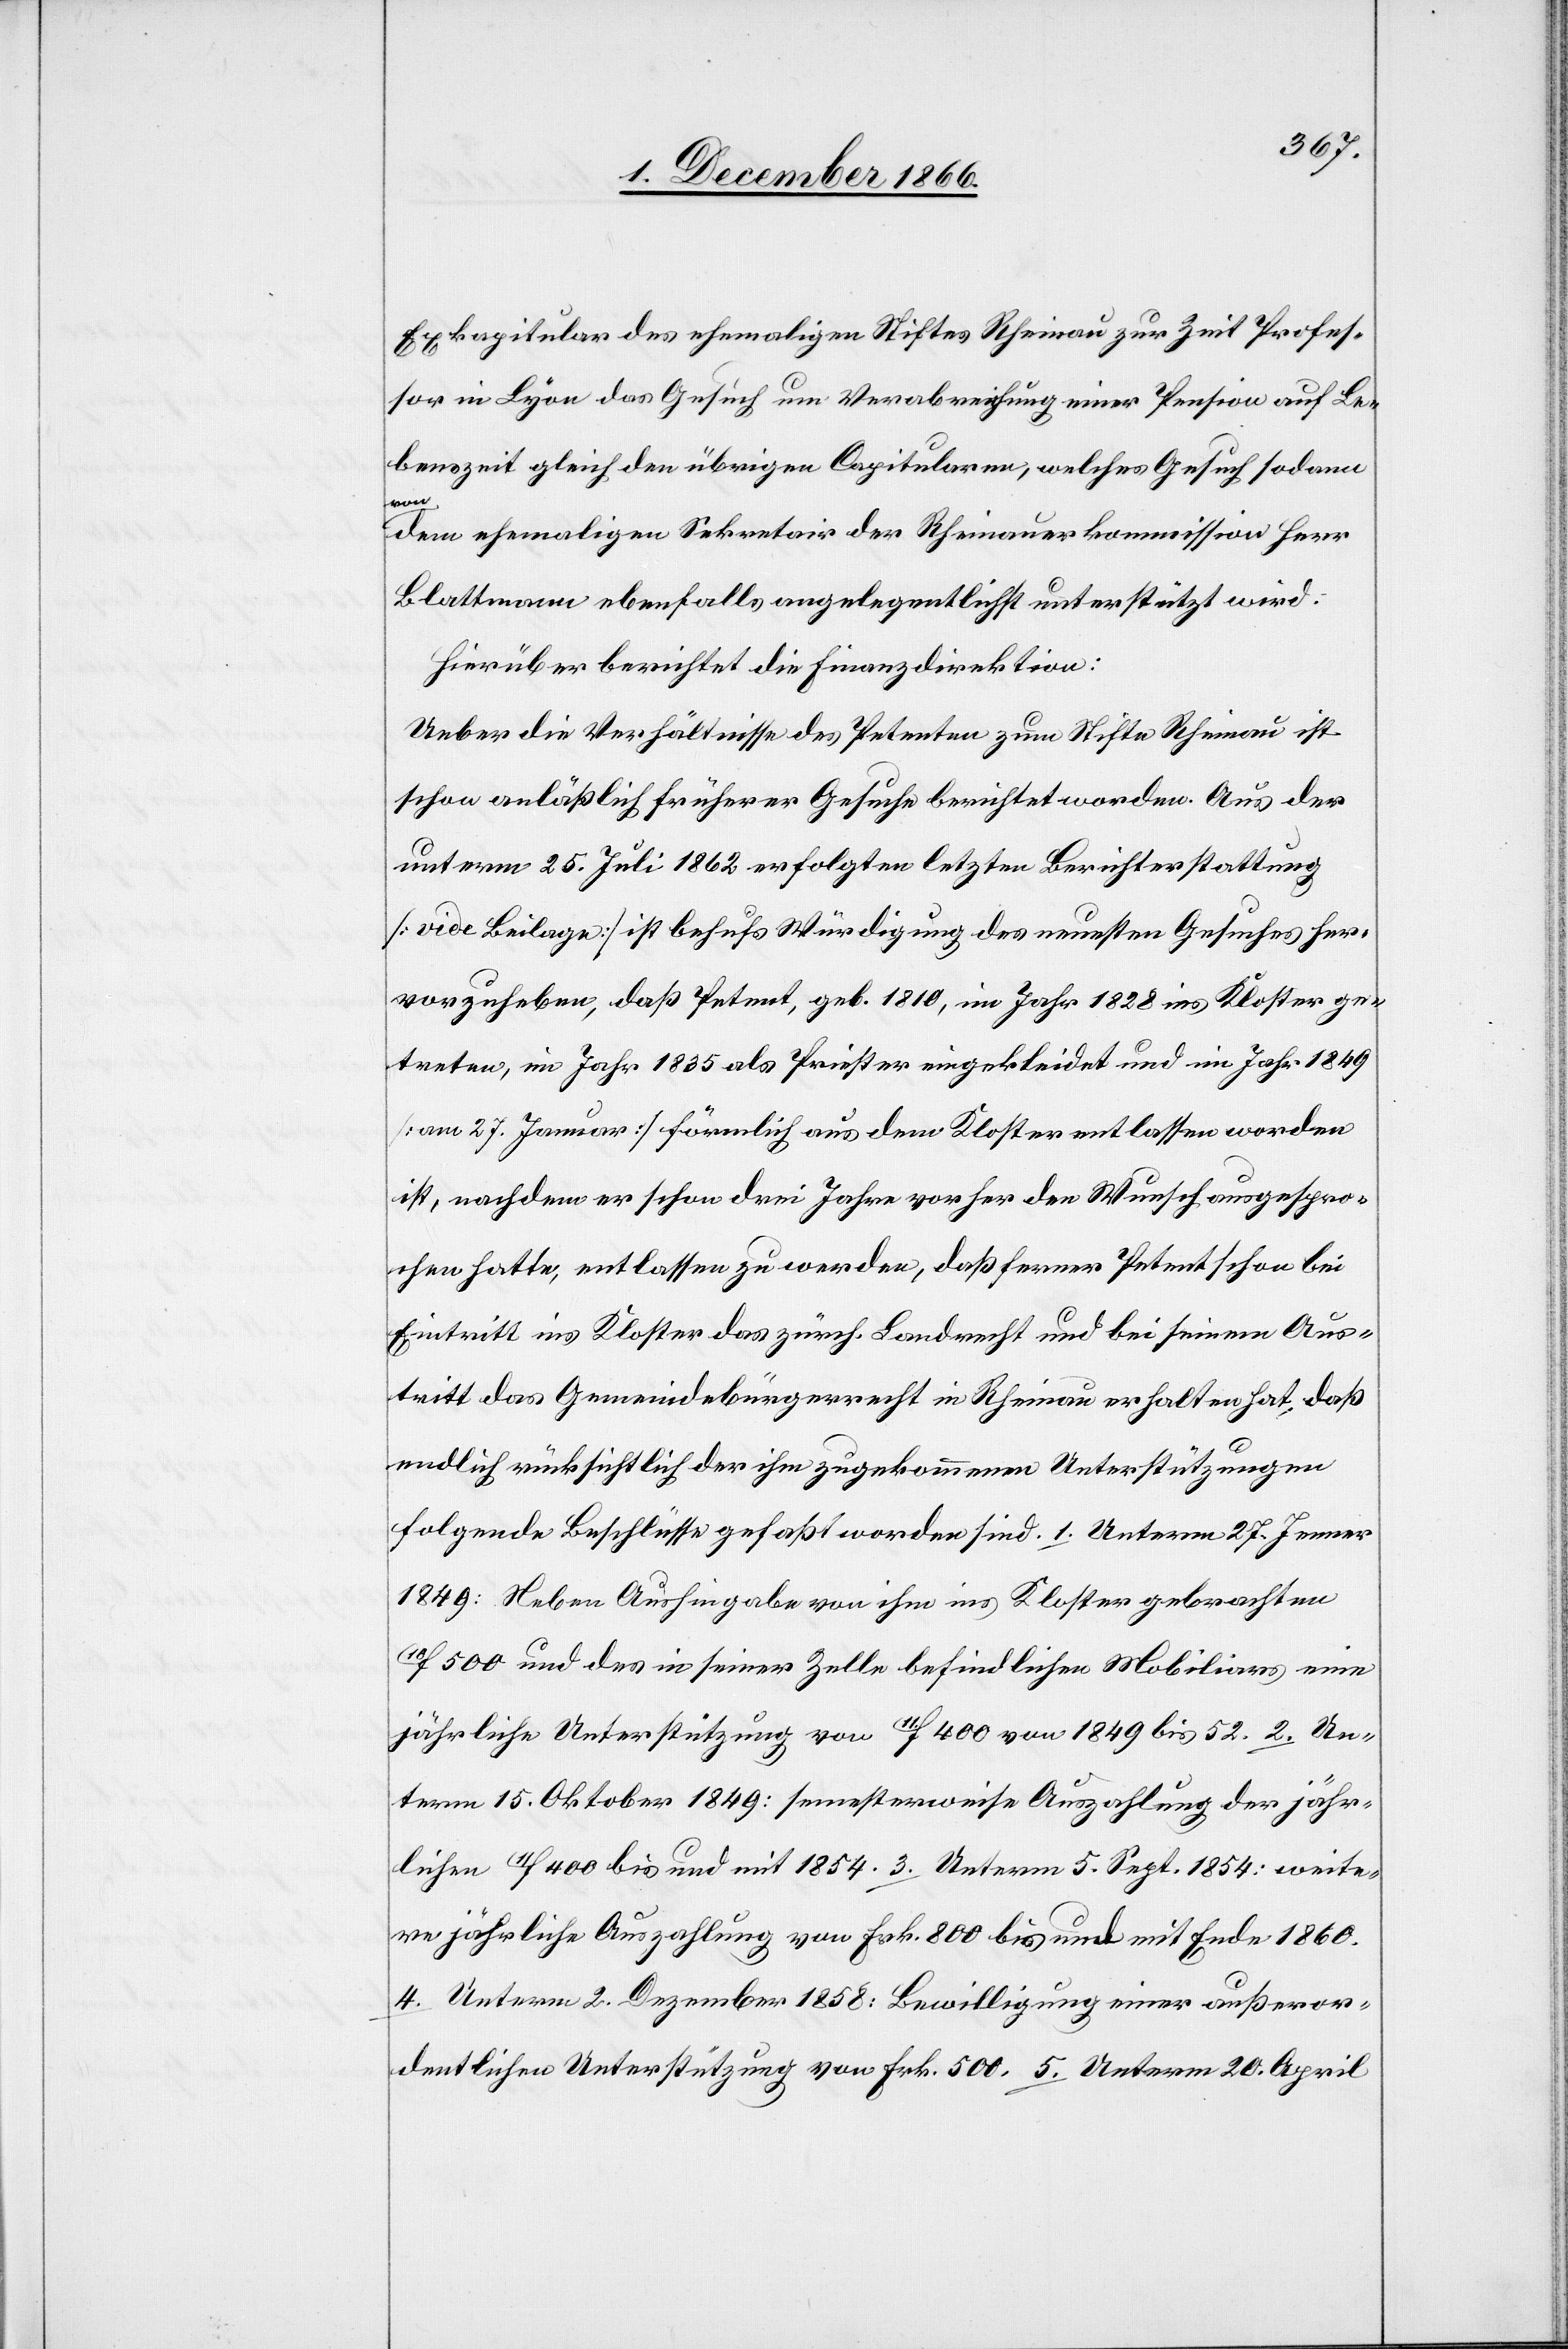
Exkapitular des ehemaligen Stiftes Rheinau zur Zeit Profes¬
sor in Lyon das Gesuch um Verabreichung einer Pension auf Le¬
benszeit gleich den übrigen Capitularen, welches Gesuch sodann
von
dem ehemaligen Sekretair der Rheinauerkommission Herr
Blattmann ebenfalls angelegentlichst unterstützt wird.
Hierüber berichtet die Finanzdirektion:
Ueber die Verhältnisse des Petenten zum Stifte Rheinau ist
schon anläßlich früherer Gesuche berichtet worden. Aus der
unterm 25. Juli 1862 erfolgten letzten Berichterstattung
[vide Beilage] ist behufs Würdigung des neuesten Gesuches her¬
vorzuheben, daß Petent, geb. 1810, im Jahr 1828 ins Kloster ge¬
treten, im Jahr 1835 als Priester eingekleidet und im Jahr 1849
[am 27. Januar] förmlich aus dem Kloster entlassen worden
ist, nachdem er schon drei Jahre vorher den Wunsch ausgespro¬
chen hatte, entlassen zu werden, daß ferner Petent schon bei
Eintritt ins Kloster das zürch. Landrecht und bei seinem Aus¬
tritt das Gemeindebürgerrecht in Rheinau erhalten hat, daß
endlich rücksichtlich der ihm zugekommenen Unterstützungen
folgende Beschlüsse gefaßt worden sind: 1. Unterm 27. Jenner
1849: Neben Aushingabe von ihm ins Kloster gebrachten
10F 500 und des in seiner Zelle befindlichen Mobiliars eine
jährliche Unterstützung von 11F 400 von 1849 bis 52. 2. Un¬
term 15. Oktober 1849: semesterweise Auszahlung der jähr¬
lichen 11F 400 bis und mit 1854. 3. Unterm 5. Sept. 1854: weite¬
re jährliche Auszahlung von Frk. 800 bis und mit Ende 1860.
4. Unterm 2. Dezember 1858: Bewilligung einer außeror¬
dentlichen Unterstützung von Frk. 500. 5. Unterm 20. April